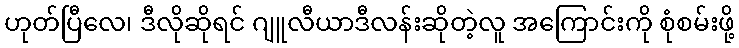
ဟုတ်ပြီလေ၊ ဒီလိုဆိုရင် ဂျူလီယာဒီလန်းဆိုတဲ့လူ အကြောင်းကို စုံစမ်းဖို့